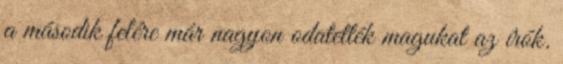
a második felére már nagyon odatették magukat az írók.